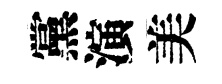
黨演美